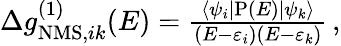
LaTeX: \begin{array}{r}{\Delta g_{\mathrm{NMS},ik}^{(1)}(E)=\frac{\langle\psi_{i}|\mathrm{P}(E)|\psi_{k}\rangle}{(E-\varepsilon_{i})(E-\varepsilon_{k})}\, ,}\end{array}